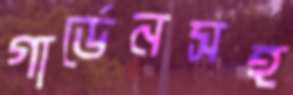
গার্ডেনসহ